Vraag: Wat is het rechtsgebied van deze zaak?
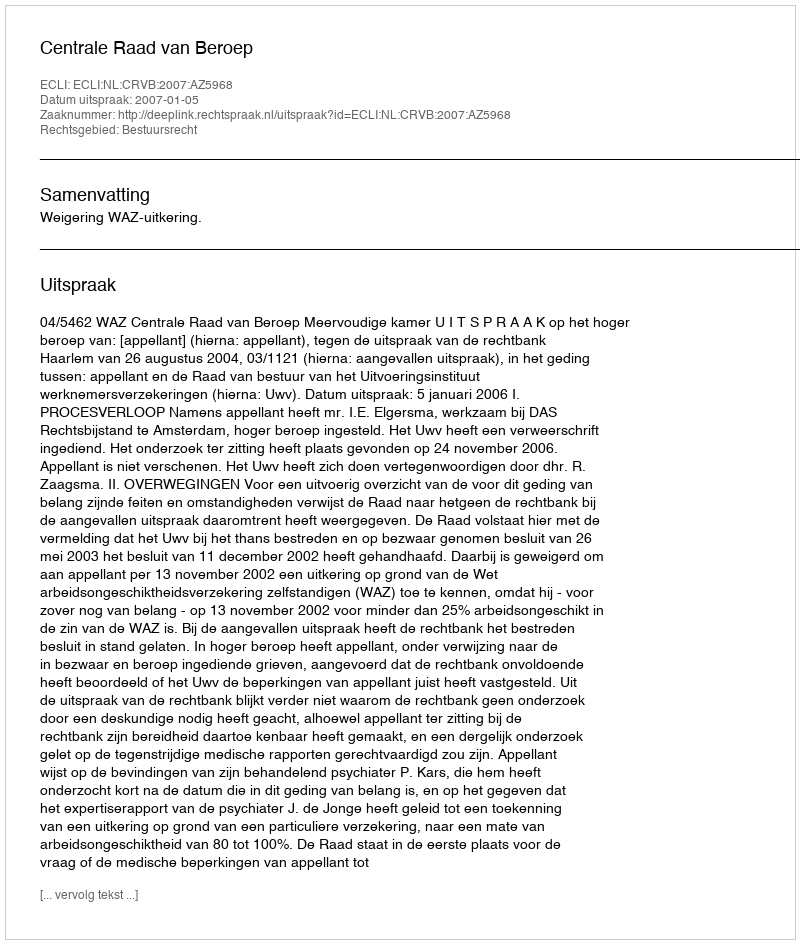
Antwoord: Bestuursrecht